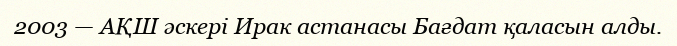
2003 — АҚШ әскері Ирак астанасы Бағдат қаласын алды.